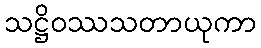
သဋ္ဌိဝဿသတာယုကာ